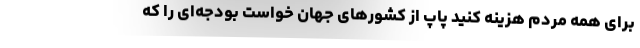
برای همه مردم هزینه کنید پاپ از کشورهای جهان خواست بودجه‌ای را که